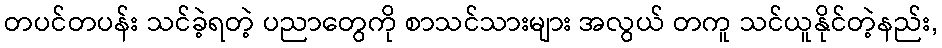
တပင်တပန်း သင်ခဲ့ရတဲ့ ပညာတွေကို စာသင်သားများ အလွယ် တကူ သင်ယူနိုင်တဲ့နည်း,